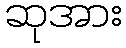
ဆုအား